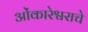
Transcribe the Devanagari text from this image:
ओंकारेश्वराचे